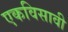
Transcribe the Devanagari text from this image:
एकविसावी